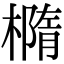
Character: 橢